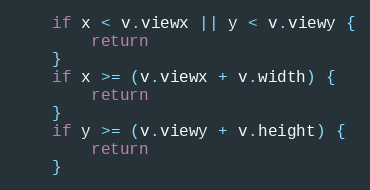
Language: Go
	if x < v.viewx || y < v.viewy {
		return
	}
	if x >= (v.viewx + v.width) {
		return
	}
	if y >= (v.viewy + v.height) {
		return
	}